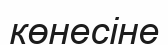
көнесіне